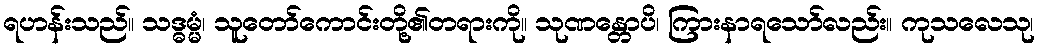
ရဟန်းသည်။ သဒ္ဓမ္မံ၊ သူတော်ကောင်းတို့၏တရားကို။ သုဏန္တောပိ၊ ကြားနာရသော်လည်း။ ကုသလေသု၊